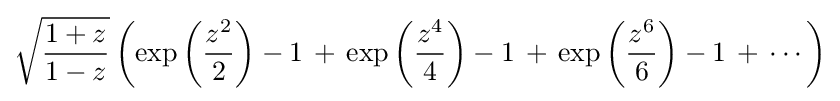
{\sqrt {\frac {1+z}{1-z}}}\left(\exp \left({\frac {z^{2}}{2}}\right)-1\,+\,\exp \left({\frac {z^{4}}{4}}\right)-1\,+\,\exp \left({\frac {z^{6}}{6}}\right)-1\,+\,\cdots \right)